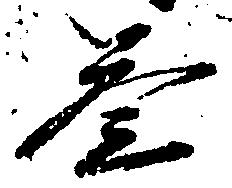
参